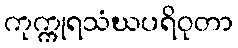
ကုက္ကုရသံဃပရိဝုတာ